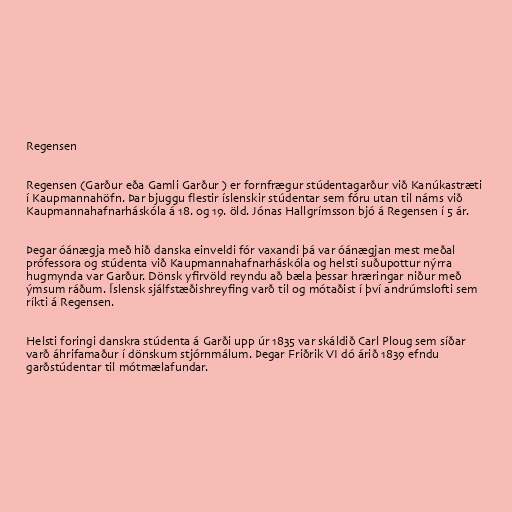
Regensen

Regensen (Garður eða Gamli Garður ) er fornfrægur stúdentagarður við Kanúkastræti
í Kaupmannahöfn. Þar bjuggu flestir íslenskir stúdentar sem fóru utan til náms við
Kaupmannahafnarháskóla á 18. og 19. öld. Jónas Hallgrímsson bjó á Regensen í 5 ár.

Þegar óánægja með hið danska einveldi fór vaxandi þá var óánægjan mest meðal
prófessora og stúdenta við Kaupmannahafnarháskóla og helsti suðupottur nýrra
hugmynda var Garður. Dönsk yfirvöld reyndu að bæla þessar hræringar niður með
ýmsum ráðum. Íslensk sjálfstæðishreyfing varð til og mótaðist í því andrúmslofti sem
ríkti á Regensen.

Helsti foringi danskra stúdenta á Garði upp úr 1835 var skáldið Carl Ploug sem síðar
varð áhrifamaður í dönskum stjórnmálum. Þegar Friðrik VI dó árið 1839 efndu
garðstúdentar til mótmælafundar.